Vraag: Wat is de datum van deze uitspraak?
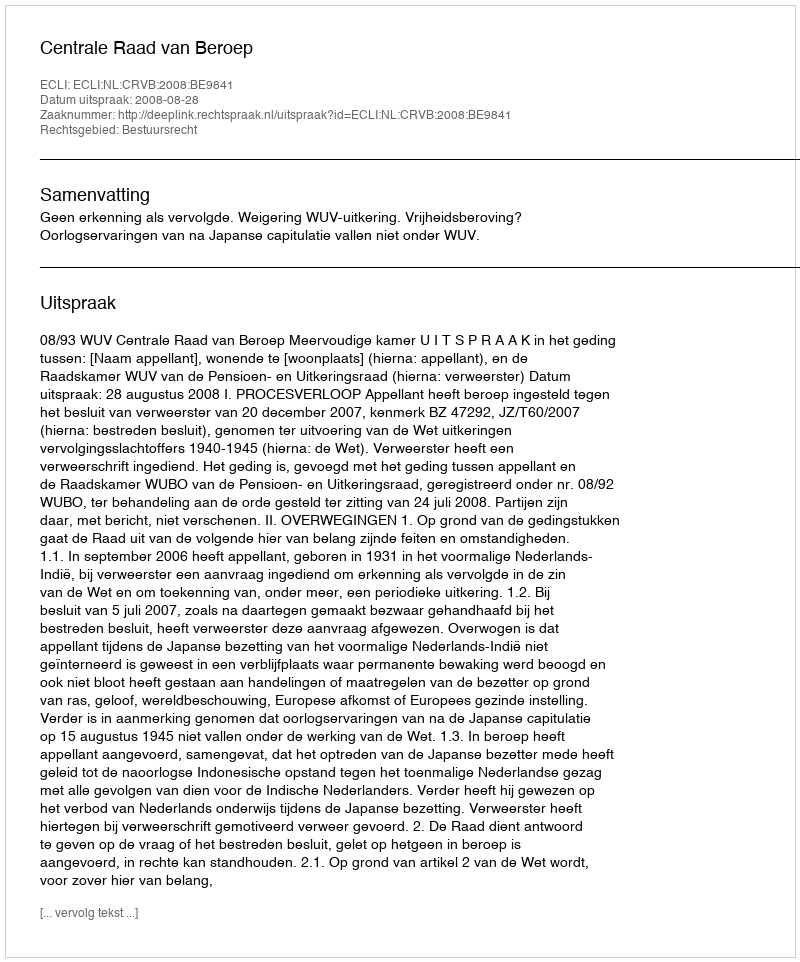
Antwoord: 2008-08-28